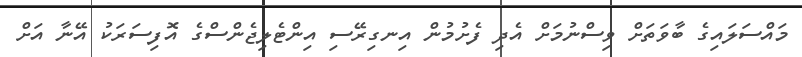
މައްސަލައިގެ ބާވަތަށް ވިސްނުމަށް އެދި ފެށުމުން އިނގިރޭސި އިންޓެލިޖެންސްގެ އޮފިސަރަކު އޭނާ އަށް